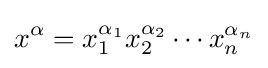
x^{\alpha }=x_{1}^{\alpha _{1}}x_{2}^{\alpha _{2}}\cdots x_{n}^{\alpha _{n}}